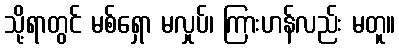
သို့ရာတွင် မစ်ရှော မလှုပ်၊ ကြားဟန်လည်း မတူ။